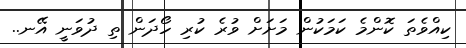
ކިއްވެތަ ކޮންމެ ކަމަކުން މަށަށް ވުރެ ކުރި ހޯދަން ތި ދުވަނީ އޭނ..